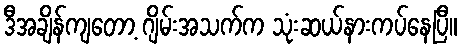
ဒီအချိန်ကျတော့ ဂျိမ်းအသက်က သုံးဆယ်နားကပ်နေပြီ။